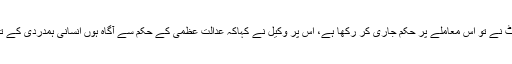
جسٹس طاہرہ صفدرنے کہاکہ سپریم کورٹ نے تو اس معاملے پر حکم جاری کر رکھا ہے، اس پر وکیل نے کہاکہ عدالت عظمی کے حکم سے آگاہ ہوں انسانی ہمدردی کے تحت ایک اور موقع کی استدعا کر رہا ہوں۔